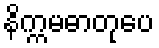
နိက္ကမဓာတုပေ